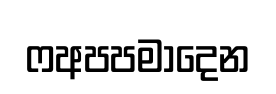
ෆඅපපමාදෙන